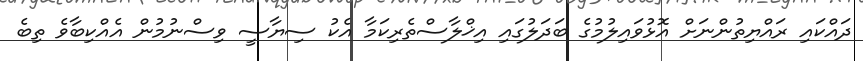
ދައްކައި ރައްޔިތުންނަށް އޮޅުވައިލުމުގެ ބަދަލުގައި އިޚްލާސްތެރިކަމާ އެކު ސިޔާސީ ވިސްނުމުން އެއްކިބާވެ ތިބެ